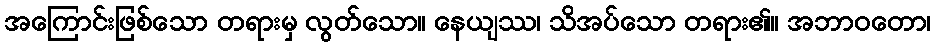
အကြောင်းဖြစ်သော တရားမှ လွတ်သော။ နေယျဿ၊ သိအပ်သော တရား၏။ အဘာဝတော၊